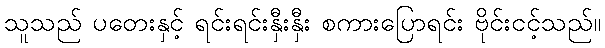
သူသည် ပတေးနှင့် ရင်းရင်းနှီးနှီး စကားပြောရင်း ဗိုင်းငင့်သည်။